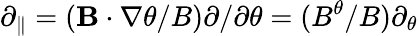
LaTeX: \partial_{\| }=(\mathbf{B}\cdot\nabla\theta/B)\partial/\partial\theta=(B^{\theta}/B)\partial_{\theta}